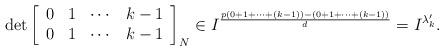
LaTeX: \begin{align*}\det \left[ \begin{array}{cccccccccc}0 & 1 &\cdots&k-1 \\0 & 1 &\cdots&k-1 \end{array} \right]_N \in I^{\frac{p(0+1+\cdots +(k-1)) - (0+1+\cdots +(k-1))}{d}} = I^{\lambda'_k}.\end{align*}